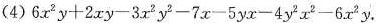
（4）$$6 x ^ { 2 } y + 2 x y - 3 x ^ { 2 } y ^ { 2 } - 7 x - 5 y x - 4 y ^ { 2 } x ^ { 2 } - 6 x ^ { 2 }$$ .